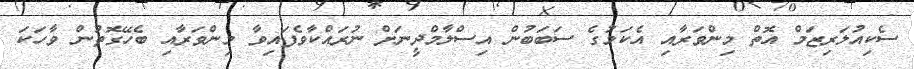
ސެކިއުލަރިޒަމް އޮތް މިންވަރާއި އެކަމުގެ ސަބަބުން އިސްލާމްދީނަށް ނުރައްކާވެފައިވާ މިންވަރާއި ބެހޭގޮތުން ވާހަކަ